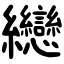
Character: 纞